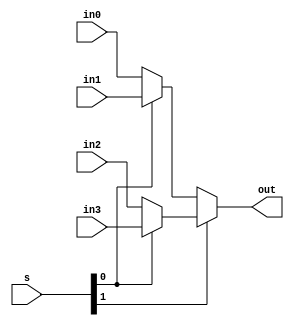
/****************************
purpose: Given four inputs select between them using the s select bits
****************************/

module mux4 (in0, in1, in2, in3, s, out);
input in0;
input in1;
input in2;
input in3;
input [1:0]s;

output out;

assign out = s[1] ? (s[0] ? in3 : in2) : (s[0] ? in1 : in0);

endmodule